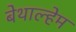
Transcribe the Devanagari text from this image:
बेथाल्हेम